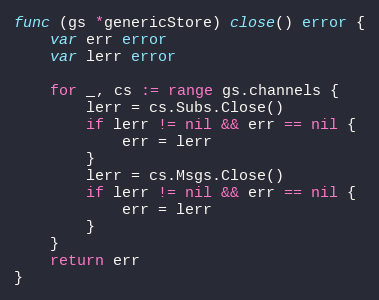
Language: Go
func (gs *genericStore) close() error {
	var err error
	var lerr error

	for _, cs := range gs.channels {
		lerr = cs.Subs.Close()
		if lerr != nil && err == nil {
			err = lerr
		}
		lerr = cs.Msgs.Close()
		if lerr != nil && err == nil {
			err = lerr
		}
	}
	return err
}